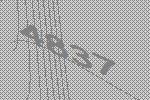
4837